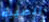
الصبية